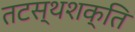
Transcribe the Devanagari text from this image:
तटस्थशक्ति